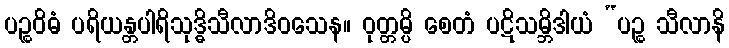
ပဉ္စဝိဓံ ပရိယန္တပါရိသုဒ္ဓိသီလာဒိဝသေန။ ဝုတ္တမ္ပိ စေတံ ပဋိသမ္ဘိဒါယံ “ပဉ္စ သီလာနိ